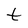
Character: t